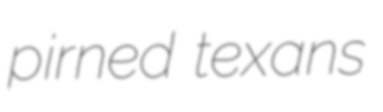
pirned texans